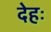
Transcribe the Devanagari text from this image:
देहः